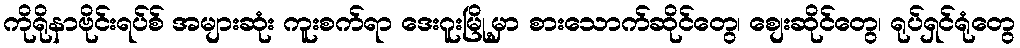
ကိုရိုနာဗိုင်းရပ်စ် အများဆုံး ကူးစက်ရာ ဒေးဂူးမြို့မှာ စားသောက်ဆိုင်တွေ၊ စျေးဆိုင်တွေ၊ ရုပ်ရှင်ရုံတွေ